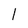
Character: l